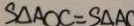
S _ { \Delta A O C } = S _ { \Delta A C }